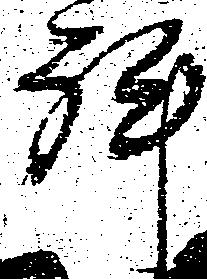
許